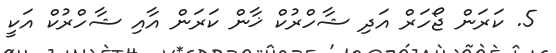
5. ކަރަން ޖޯހަރް އަދި ޝާހްރުކް ޚާން ކަރަން އާއި ޝާހްރުކް އަކީ